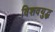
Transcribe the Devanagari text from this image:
विशवयुद्ध